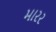
મારર